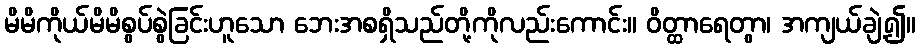
မိမိကိုယ်မိမိစွပ်စွဲခြင်းဟူသော ဘေးအစရှိသည်တို့ကိုလည်းကောင်း။ ဝိတ္ထာရေတွာ၊ အကျယ်ချဲ့၍။